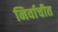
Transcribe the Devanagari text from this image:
निर्वाचीत